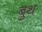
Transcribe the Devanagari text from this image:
बुथ